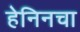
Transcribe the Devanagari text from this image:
हेनिनचा